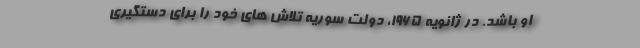
او باشد. در ژانویه 1965، دولت سوریه تلاش ‌های خود را برای دستگیری